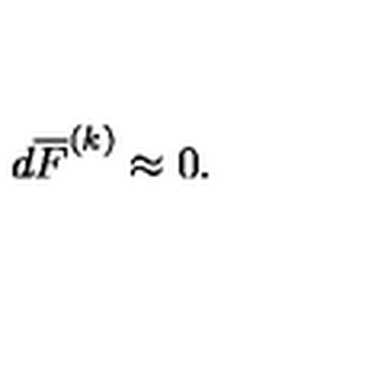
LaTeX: d \overline { { F } } ^ { ( k ) } \approx 0 .